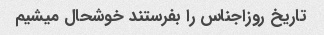
تاریخ روز‌اجناس را بفرستند خوشحال میشیم